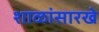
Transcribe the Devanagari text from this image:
शाळांसारखे